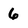
Character: 6